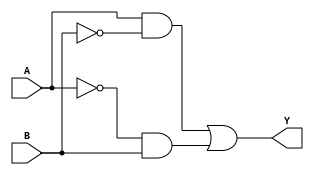
module xor_gate(input wire A, input wire B, output wire Y);
  
  wire wire1, wire2, wire3, wire4;

  assign wire1 = A & ~B; // A AND NOT B
  assign wire2 = ~A & B; // NOT A AND B

  assign wire3 = wire1 | wire2; // (A AND NOT B) OR (NOT A AND B)
  
  assign Y = wire3; // Output Y

endmodule